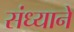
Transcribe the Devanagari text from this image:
संध्याने